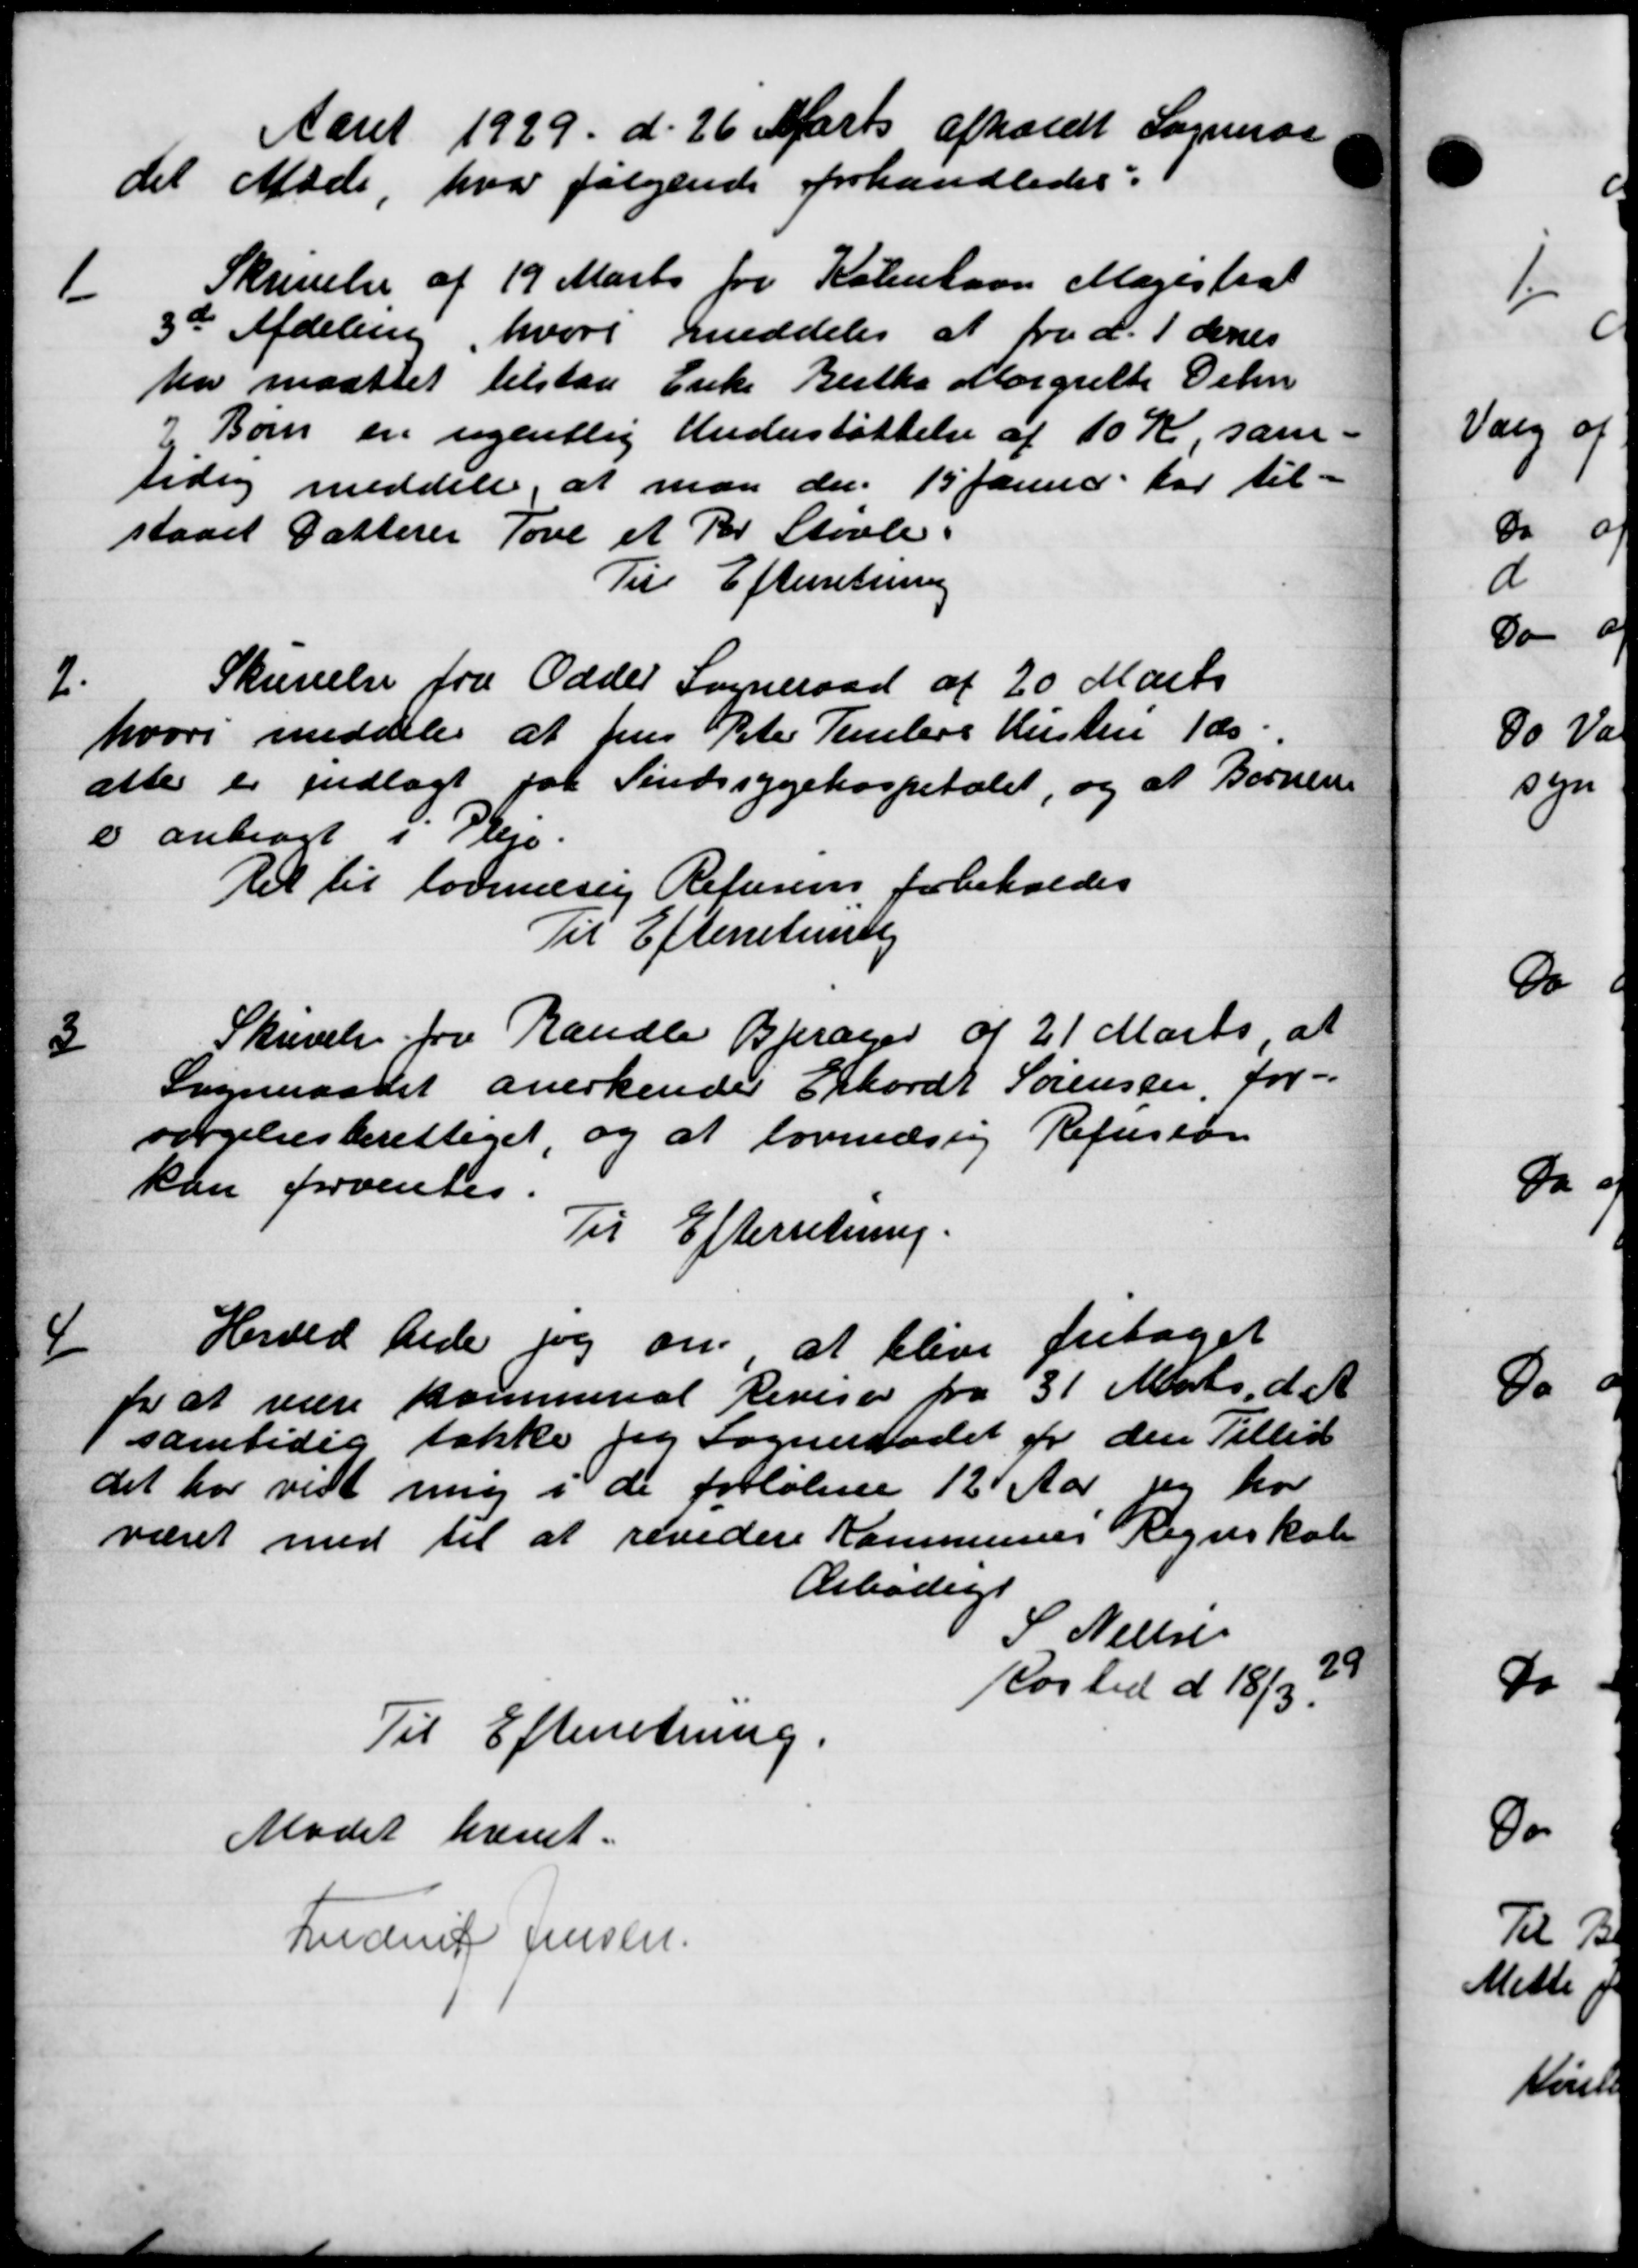
Transskription:
Aaret 1929 d. 26 Marts afholdt Sogneraa
det Møde, hvor følgende forhandledes:
1
Skrivelse af 19 Marts for København Magistrat
3de Afdeling, hvori meddeles at fra d. 1 denes
har maattet tilstaa Enke Bertha Margrethe Oehn
2 Børn en ugentlig Understøttelse af 10 Kr, sam-
bidrag meddele, at man den 15 Januar har til-
staaet Datterer Tove et Par Skovle.
Til Efterretning
2
Skrivelse fra Odder Sogneraad af 20 Marts
hvori meddeler at Jens Peter Temlers Hustru 1 ds.
atte er indlagt paa Sindssygehospitalet, og at Børnene
e anbragt i Pleje.
Ret til lovmæsig Refusion forbeholdes
Til Efterretning
3
Skrivelse fra Randle Bjerager af 21 Marts, at
Sogneraadet anerkender Erhardt Sørensen, for-
sørgelsesberettiget, og at lovmæssig Refusion
kan forventes.
Til Efterretning.
4
Herved bede jeg om at blive fritaget
for at være kommunal Revisor fra 31 Marts d. A.
1 samtidig takke jeg Sogneraadet er den Tillid
det har vist mig i de forløbne 12 Aar og ho
været med til at revidere Kommunes Regnskab
Arbejder
S Nielsen
29
Kosted d 18/3.
Til Efterretning.
Mødet hævet.
Frederik Jensen